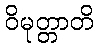
ဝိမုတ္တာတိ